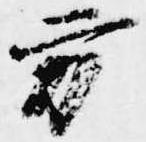
方